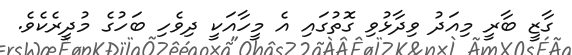
ގާޒީ ބާރީ މިއަދު ވިދާޅުވި ގޮތުގައި އެ މީހާއަކީ ދިވެހި ބަހުގެ މުދީރެކެވެ.